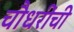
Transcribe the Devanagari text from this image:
चौधरींची